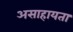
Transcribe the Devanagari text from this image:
असाहायता